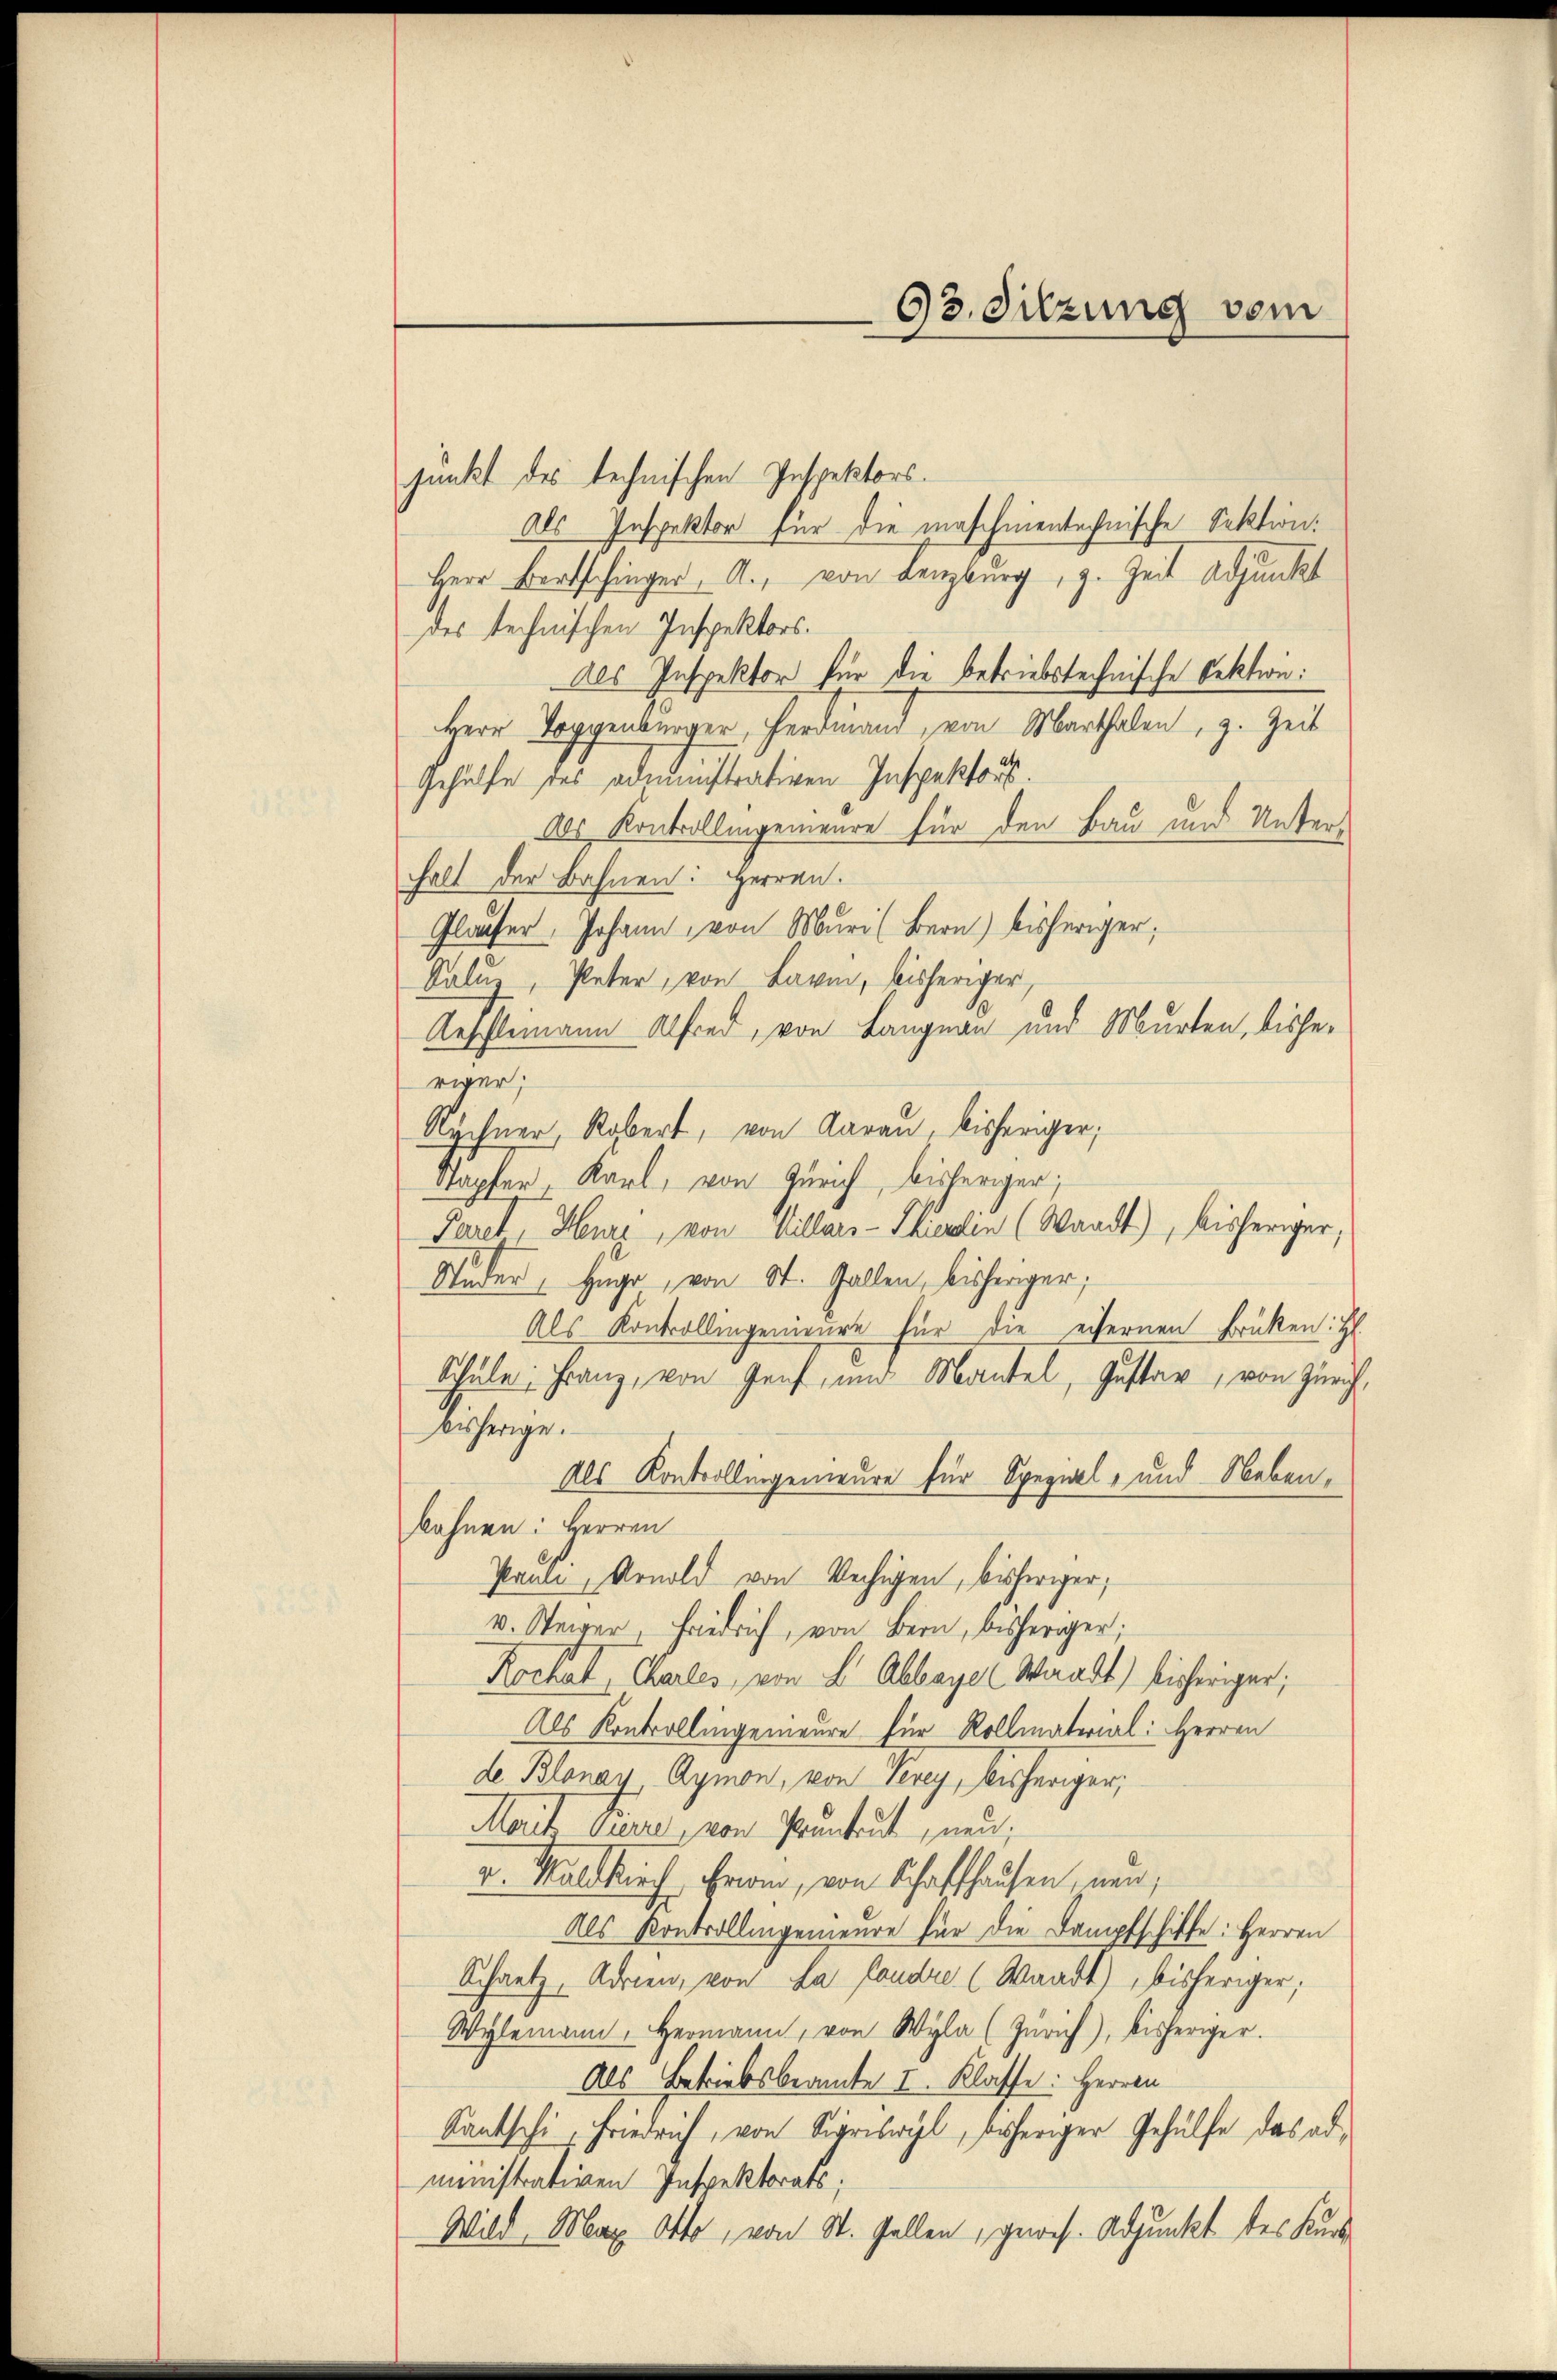
93. Sitzung vom

junkt des technischen Inspektorsals Inspektor für die maschinentechnische Sektion:
Herr Bertschinger, A., von Lenzburg, z. Zeit Adjunkt
des technischen Inspektors.
Als Inspektor für die betriebstechnische Sektion:
Herr Toggenbürger, Ferdmann, von Marthalen, z. Zeit
Gehülfe des administrativen Inspektors.
Als Kontrollingemeure für den Bau und Unter-
halt der Bahnen: Herren.
Glaufer. Johann, von Muri (Bern) bisheriger;
Kaluz, Peter, von Barm, bisheriger,
Aeschlemann Alfred, von Langnau und Murten, bisheriger;
Rychner, Robert, von Aarau bisheriger,
dapfer-Karl, von Zürich, bisheriger;
Paret, Heure, von Villars-Therlin (Waadt) bisheriger,
Ander, Hugo, von St. Gallen, bisheriger,
Als Kontrollingenieure für die eifernen Brücken: H
Schule, Franz, von Genf, und Mantel, Gustav, von Zürich
Bisherige.
Als Kontrollingenieure für Spezial- und Nebenbahnen: Herren
Pauli, Arnold von Wechigen, bisheriger,
v. Steiger, Friedrich, von Bern, bisheriger;
Kochal, Charles, von L. Abbayer Waadt) bisheriger;
Als Kontrollingemeure für Kollmaterial: Herren
de. Blonay Aymon, von Perey, bisheriger,
Mait Gure, von Pruntrut, neu,
u. Waldkirch Frau, von Schaffhausen, nun,
Als Kontrollingenieure für die Dampfschiffe: Herren
Schantz, Adrien, von La fandre (Waadt) bisheriger,
Wylemann, Hermann, von Wyla (Zürich), bisheriger.
Als Betriebsbeamte I. Klasse: Herren
Kantschi, Friedrich, von Sigriswyl, bisheriger Gehülfe das administrativen Inspektorats,
Wild, Max Otto, von St. Gallen, gewes. Adjunkt des Kur¬